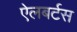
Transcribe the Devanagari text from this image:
ऐलबर्टस